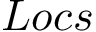
L o c s